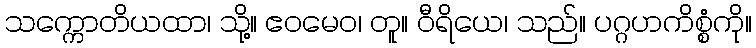
သက္ကောတိယထာ၊ သို့။ ဧဝမေဝ၊ တူ။ ဝီရိယေ၊ သည်။ ပဂ္ဂဟကိစ္စံကို။